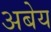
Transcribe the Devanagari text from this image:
अबेय